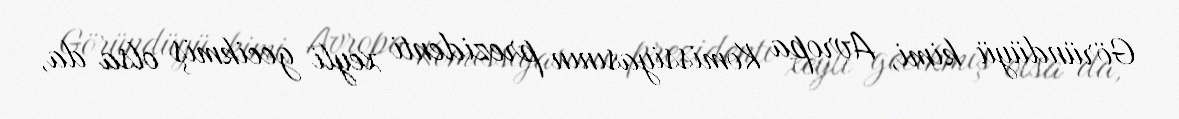
Göründüyü kimi, Avropa Komissiyasının prezidenti xeyli gecikmiş olsa da,